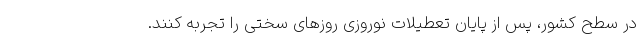
در سطح کشور، پس از پایان تعطیلات نوروزی روزهای سختی را تجربه کنند.